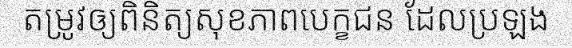
តម្រូវឲ្យពិនិត្យសុខភាពបេក្ខជន ដែលប្រឡង